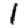
Digit: 1